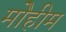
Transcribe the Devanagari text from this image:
मोेहीम